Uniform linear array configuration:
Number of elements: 12
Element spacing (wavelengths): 0.25
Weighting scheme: exponential
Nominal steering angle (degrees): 45
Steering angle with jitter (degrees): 46.379
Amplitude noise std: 0.05
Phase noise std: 0.05

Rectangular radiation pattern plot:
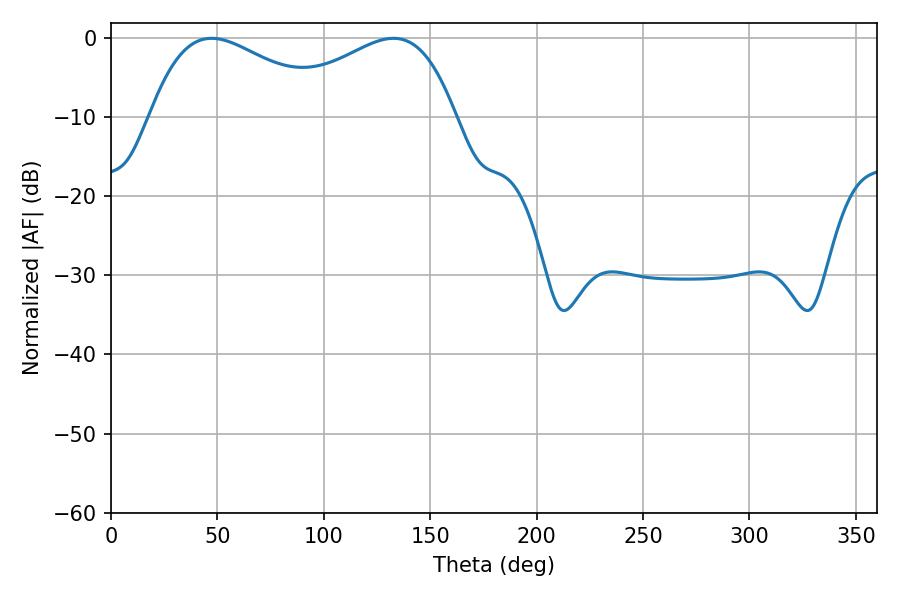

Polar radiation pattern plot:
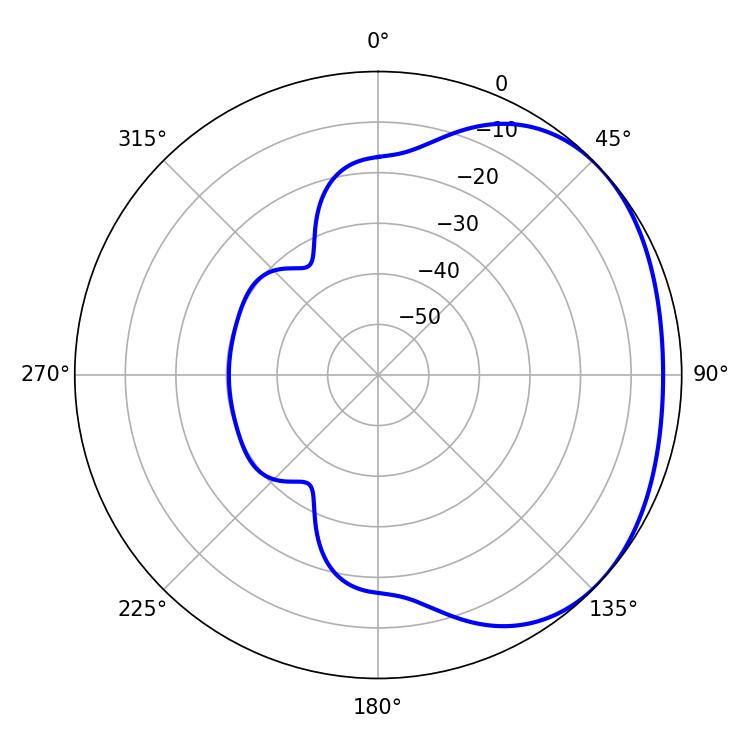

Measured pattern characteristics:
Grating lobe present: FALSE
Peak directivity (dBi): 2.045
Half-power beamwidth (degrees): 46.8
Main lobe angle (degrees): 47.34